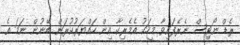
ރެޑް ނޯޓިސް ނެރެފައިވާ މީހަކު އެމެރިކާ އިން ހައްޔަރުކުރަން ބޭނުން ނަމަ އެ